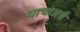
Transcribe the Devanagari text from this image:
याचाअर्थ